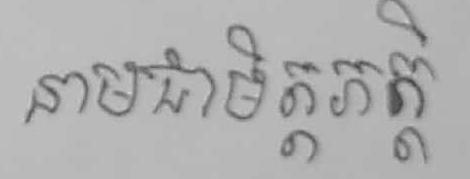
នាមជាមិត្តភក្ដិ